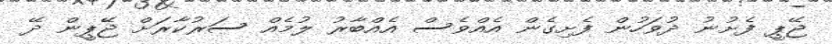
ޖޭޕީ ފެށުނު ދުވަހުން ފެށިގެން އެއްވެސް އެއްބާރު ލުމެއް ސަރުކާރަށް ޖޭޕީން ދޭ